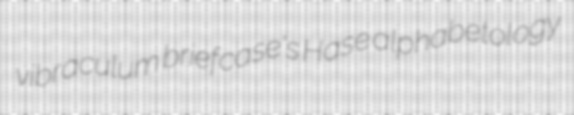
vibraculum briefcase's Hase alphabetology